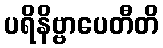
ပရိနိဗ္ဗာပေတီတိ